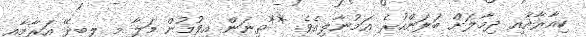
ކިއާރާއާއި ދިމާލަށް ބަލަންހުރެ އަމުނާލިއެވެ. **ތިނަން އިވުމުން މަލާ މި ލިބިދޭ އަރާމާއި